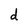
Character: d